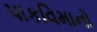
પાકવિમાનો